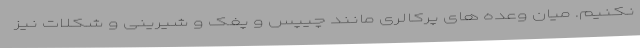
نکنیم. میان وعده های پرکالری مانند چیپس و پفک و شیرینی و شکلات نیز